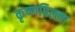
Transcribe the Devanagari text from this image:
कृष्णपिल्ला